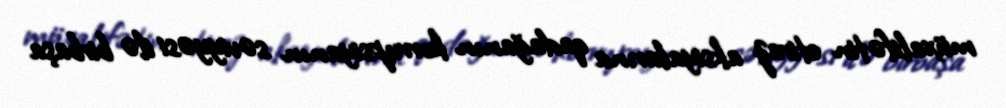
müxalifətin etiraz aksiyalarına qadağanın korrupsiyanın səviyyəsi ilə birbaşa